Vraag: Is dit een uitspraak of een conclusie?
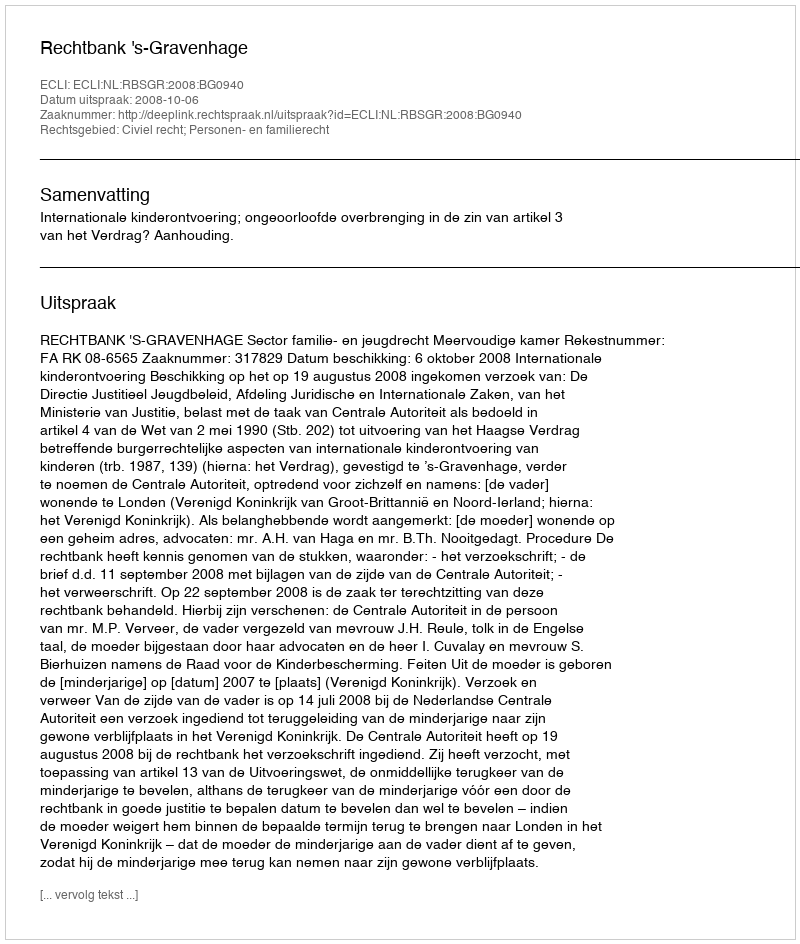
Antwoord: Uitspraak